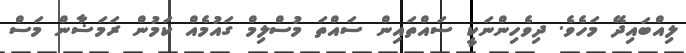
ލިއްބައިދޭ މަހެވެެ. ދިވެހިންނަކީ ސައްތައިން ސައްތަ މުސްލިމް ގައުމެއް ކަމުން ރަމަޟާން މަސް